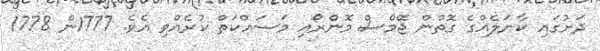
ދަށުގައި ކާނަލެއްގެ ގޮތުން ޖޭމްސް މޮންރޯއި މަސައްކަތް ކުރެއްވި އެވެ. 1777ން 1778